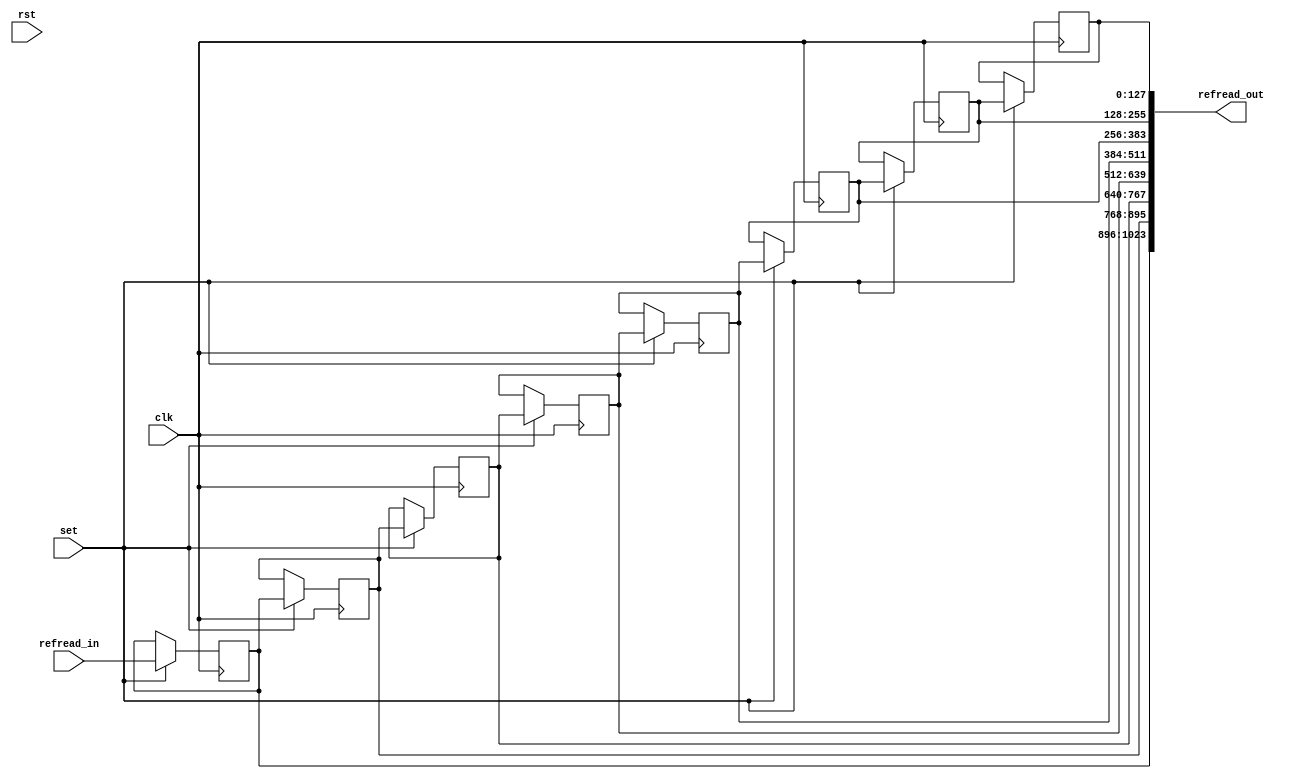
module refread_manager #(parameter C_PCI_DATA_WIDTH = 128, NUM_REFS = 8) (
        input clk,
        input rst,
        
        input set,
        input[C_PCI_DATA_WIDTH - 1:0] refread_in,
        
        output[C_PCI_DATA_WIDTH * NUM_REFS - 1 :0] refread_out
    );
    
    
    parameter REF_BITS = $clog2(NUM_REFS);
    
    reg[C_PCI_DATA_WIDTH - 1:0] ref_reads [0:(NUM_REFS - 1)];
    
    integer k;
    
    always@(posedge clk) begin
        /*if(rst) begin
            for(k = 0; k < NUM_REFS; k = k + 1) begin
                ref_reads[k] <= 0;
            end
        end*/
        //else begin
            if(set) begin
                ref_reads[NUM_REFS - 1] <= refread_in;
                
                for(k = 0; k < (NUM_REFS - 1); k = k + 1) begin
                    ref_reads[k] <= ref_reads[k + 1];
                end
            end
        //end
    end
    
    genvar i;
    
    generate
        for (i = 0; i < NUM_REFS; i = i + 1) begin
            assign refread_out[(i*C_PCI_DATA_WIDTH) +: C_PCI_DATA_WIDTH] = ref_reads[i];
        end
    endgenerate
    
endmodule